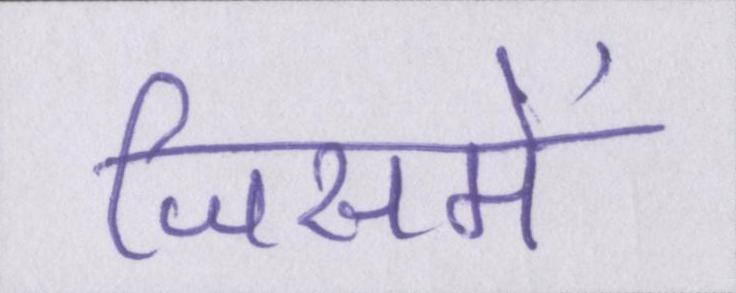
जिसमें